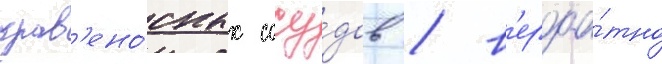
кров'ено́сных сосу́дов / в'ероа́тно